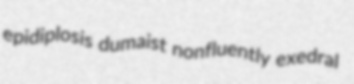
epidiplosis dumaist nonfluently exedral